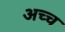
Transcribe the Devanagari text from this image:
अच्च